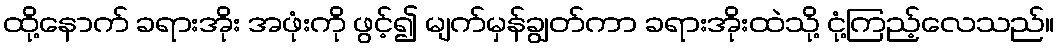
ထို့နောက် ခရားအိုး အဖုံးကို ဖွင့်၍ မျက်မှန်ချွတ်ကာ ခရားအိုးထဲသို့ ငုံ့ကြည့်လေသည်။